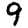
Digit: 9